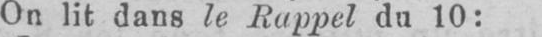
On lit dans le Rappel du 10: